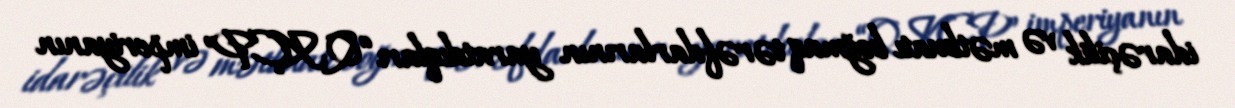
idarəçilik və mətbuatı boğmaq tərəfdarlarının yaratdıqları “QKÇP” imperiyanın